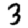
Digit: 3